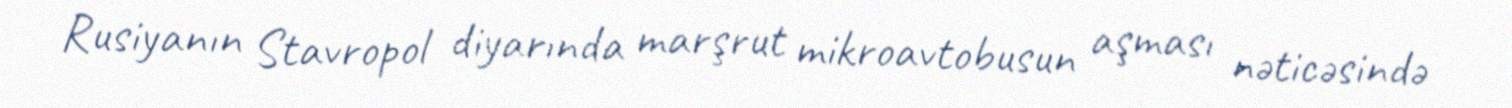
Rusiyanın Stavropol diyarında marşrut mikroavtobusun aşması nəticəsində